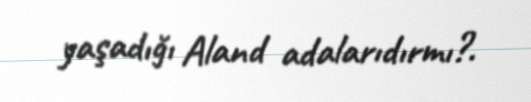
yaşadığı Aland adalarıdırmı?.